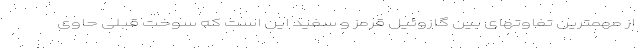
از مهمترین تفاوتهای بین گازوئیل قرمز و سفید این است که سوخت قبلی حاوی